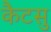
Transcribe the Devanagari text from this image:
कैटसु